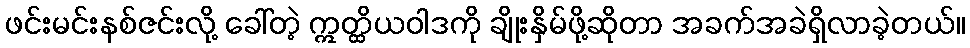
ဖင်းမင်းနစ်ဇင်းလို့ ခေါ်တဲ့ ဣတ္ထိယဝါဒကို ချိုးနှိမ်ဖို့ဆိုတာ အခက်အခဲရှိလာခဲ့တယ်။